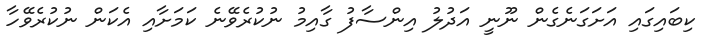
ކިބައިގައި އަށަގަނެގެން ނޫނީ އަދުލު އިންސާފު ގާއިމު ނުކުރެވޭނެ ކަމަށާއި އެކަން ނުކުރެވޭހާ